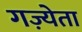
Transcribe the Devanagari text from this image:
गज़्येता